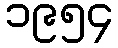
၁၉၅၄